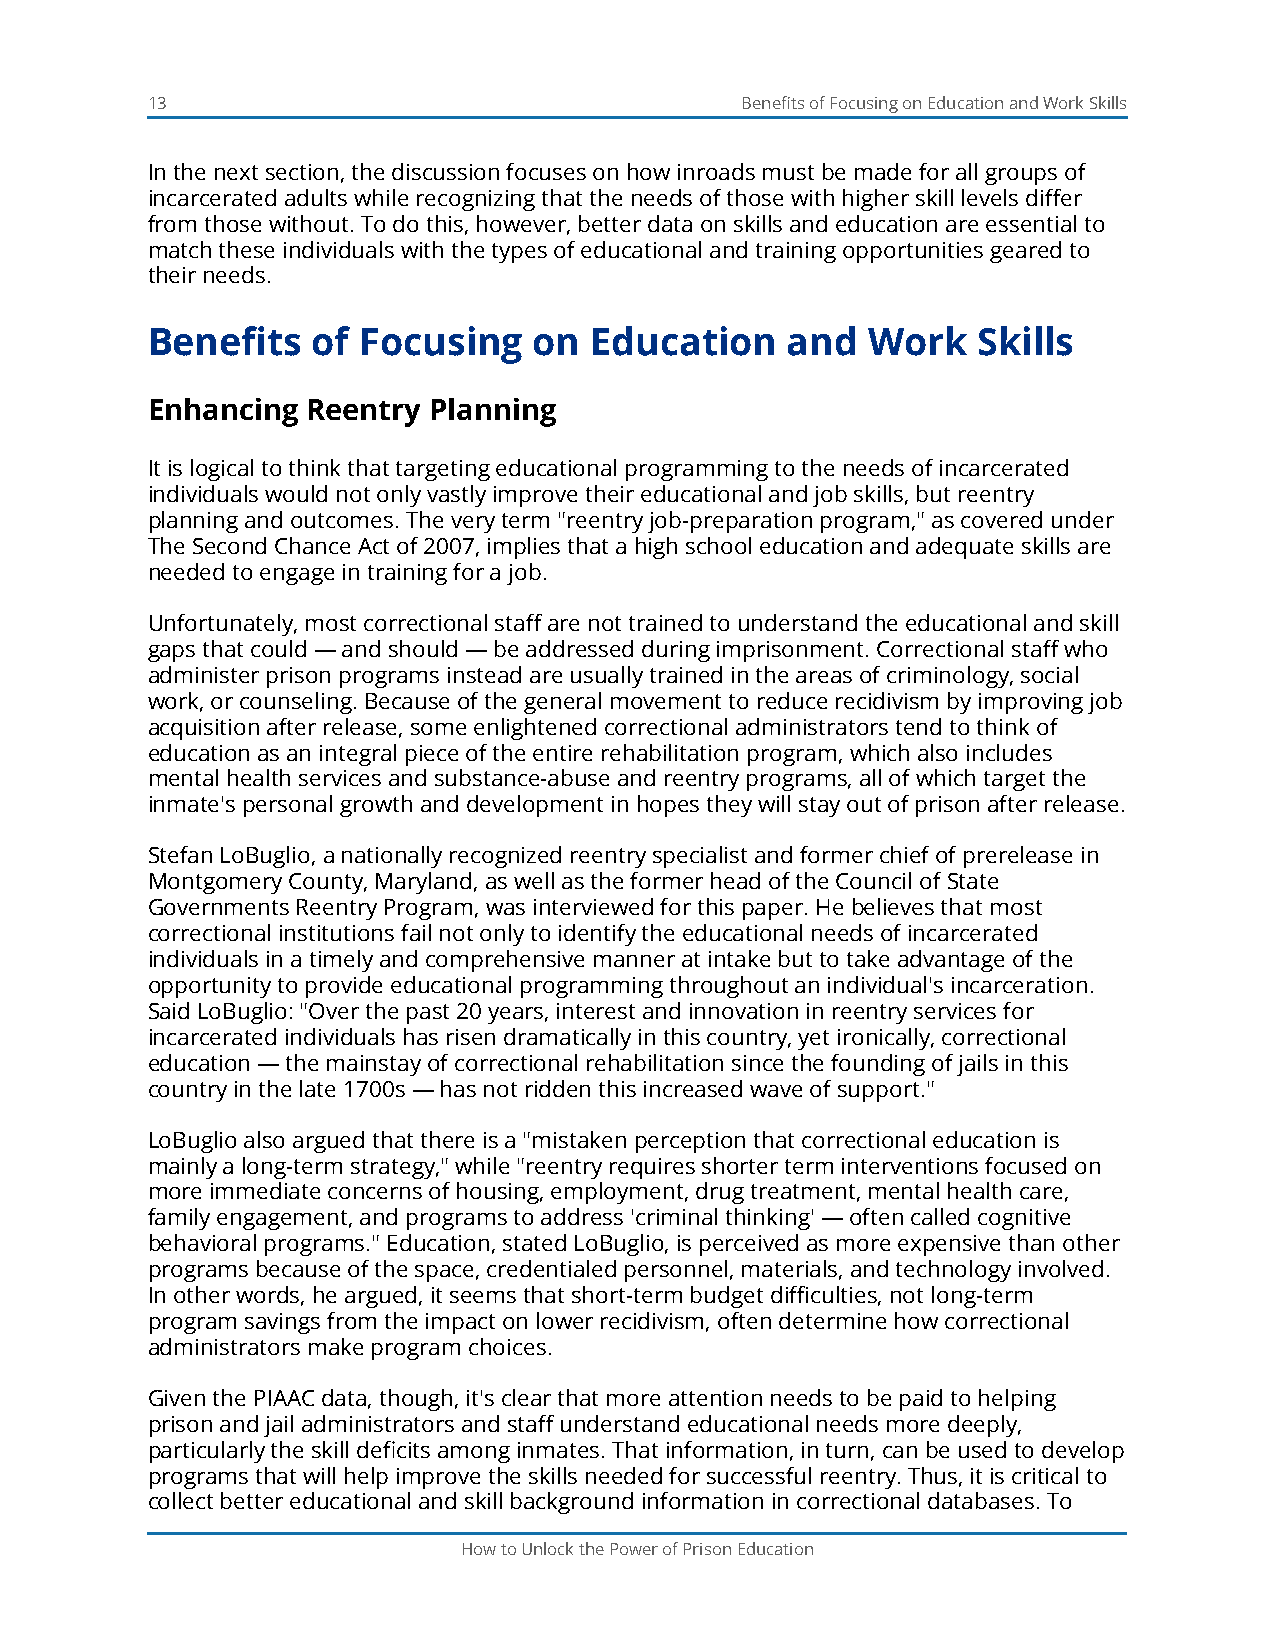
13                                     Benefits of Focusing on Education and Work Skills
 In the next section, the discussion focuses on how inroads must be made for all groups of
 incarcerated adults while recognizing that the needs of those with higher skill levels differ
 from those without. To do this, however, better data on skills and education are essential to
 match these individuals with the types of educational and training opportunities geared to
 their needs.
 Benefits   of Focusing   on  Education    and  Work    Skills
 Enhancing Reentry Planning
 It is logical to think that targeting educational programming to the needs of incarcerated
 individuals would not only vastly improve their educational and job skills, but reentry
 planning and outcomes. The very term "reentry job-preparation program," as covered under
 The Second Chance Act of 2007, implies that a high school education and adequate skills are
 needed to engage in training for a job.
 Unfortunately, most correctional staff are not trained to understand the educational and skill
 gaps that could — and should — be addressed during imprisonment. Correctional staff who
 administer prison programs instead are usually trained in the areas of criminology, social
 work, or counseling. Because of the general movement to reduce recidivism by improving job
 acquisition after release, some enlightened correctional administrators tend to think of
 education as an integral piece of the entire rehabilitation program, which also includes
 mental health services and substance-abuse and reentry programs, all of which target the
 inmate's personal growth and development in hopes they will stay out of prison after release.
 Stefan LoBuglio, a nationally recognized reentry specialist and former chief of prerelease in
 Montgomery County, Maryland, as well as the former head of the Council of State
 Governments Reentry Program, was interviewed for this paper. He believes that most
 correctional institutions fail not only to identify the educational needs of incarcerated
 individuals in a timely and comprehensive manner at intake but to take advantage of the
 opportunity to provide educational programming throughout an individual's incarceration.
 Said LoBuglio: "Over the past 20 years, interest and innovation in reentry services for
 incarcerated individuals has risen dramatically in this country, yet ironically, correctional
 education — the mainstay of correctional rehabilitation since the founding of jails in this
 country in the late 1700s — has not ridden this increased wave of support."
 LoBuglio also argued that there is a "mistaken perception that correctional education is
 mainly a long-term strategy," while "reentry requires shorter term interventions focused on
 more immediate concerns of housing, employment, drug treatment, mental health care,
 family engagement, and programs to address 'criminal thinking' — often called cognitive
 behavioral programs." Education, stated LoBuglio, is perceived as more expensive than other
 programs because of the space, credentialed personnel, materials, and technology involved.
 In other words, he argued, it seems that short-term budget difficulties, not long-term
 program savings from the impact on lower recidivism, often determine how correctional
 administrators make program choices.
 Given the PIAAC data, though, it's clear that more attention needs to be paid to helping
 prison and jail administrators and staff understand educational needs more deeply,
 particularly the skill deficits among inmates. That information, in turn, can be used to develop
 programs that will help improve the skills needed for successful reentry. Thus, it is critical to
 collect better educational and skill background information in correctional databases. To
 How to Unlock the Power of Prison Education